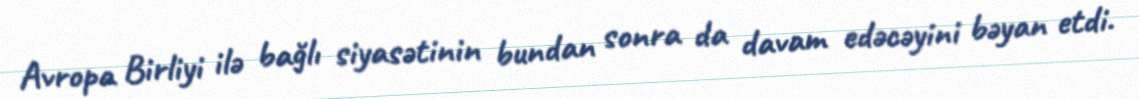
Avropa Birliyi ilə bağlı siyasətinin bundan sonra da davam edəcəyini bəyan etdi.